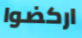
اركضوا